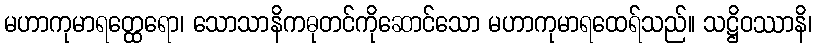
မဟာကုမာရတ္ထေရော၊ သောသာနိကဓုတင်ကိုဆောင်သော မဟာကုမာရထေရ်သည်။ သဋ္ဌိဝဿာနိ၊